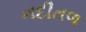
નદીતળ